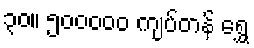
၃၀။ ၅၀၀၀၀၀ ကျပ်တန် ရွှေ